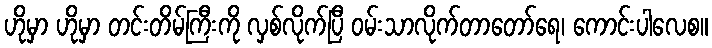
ဟိုမှာ ဟိုမှာ တင်းတိမ်ကြီးကို လှစ်လိုက်ပြီ ဝမ်းသာလိုက်တာတော်ရေ၊ ကောင်းပါလေစ။